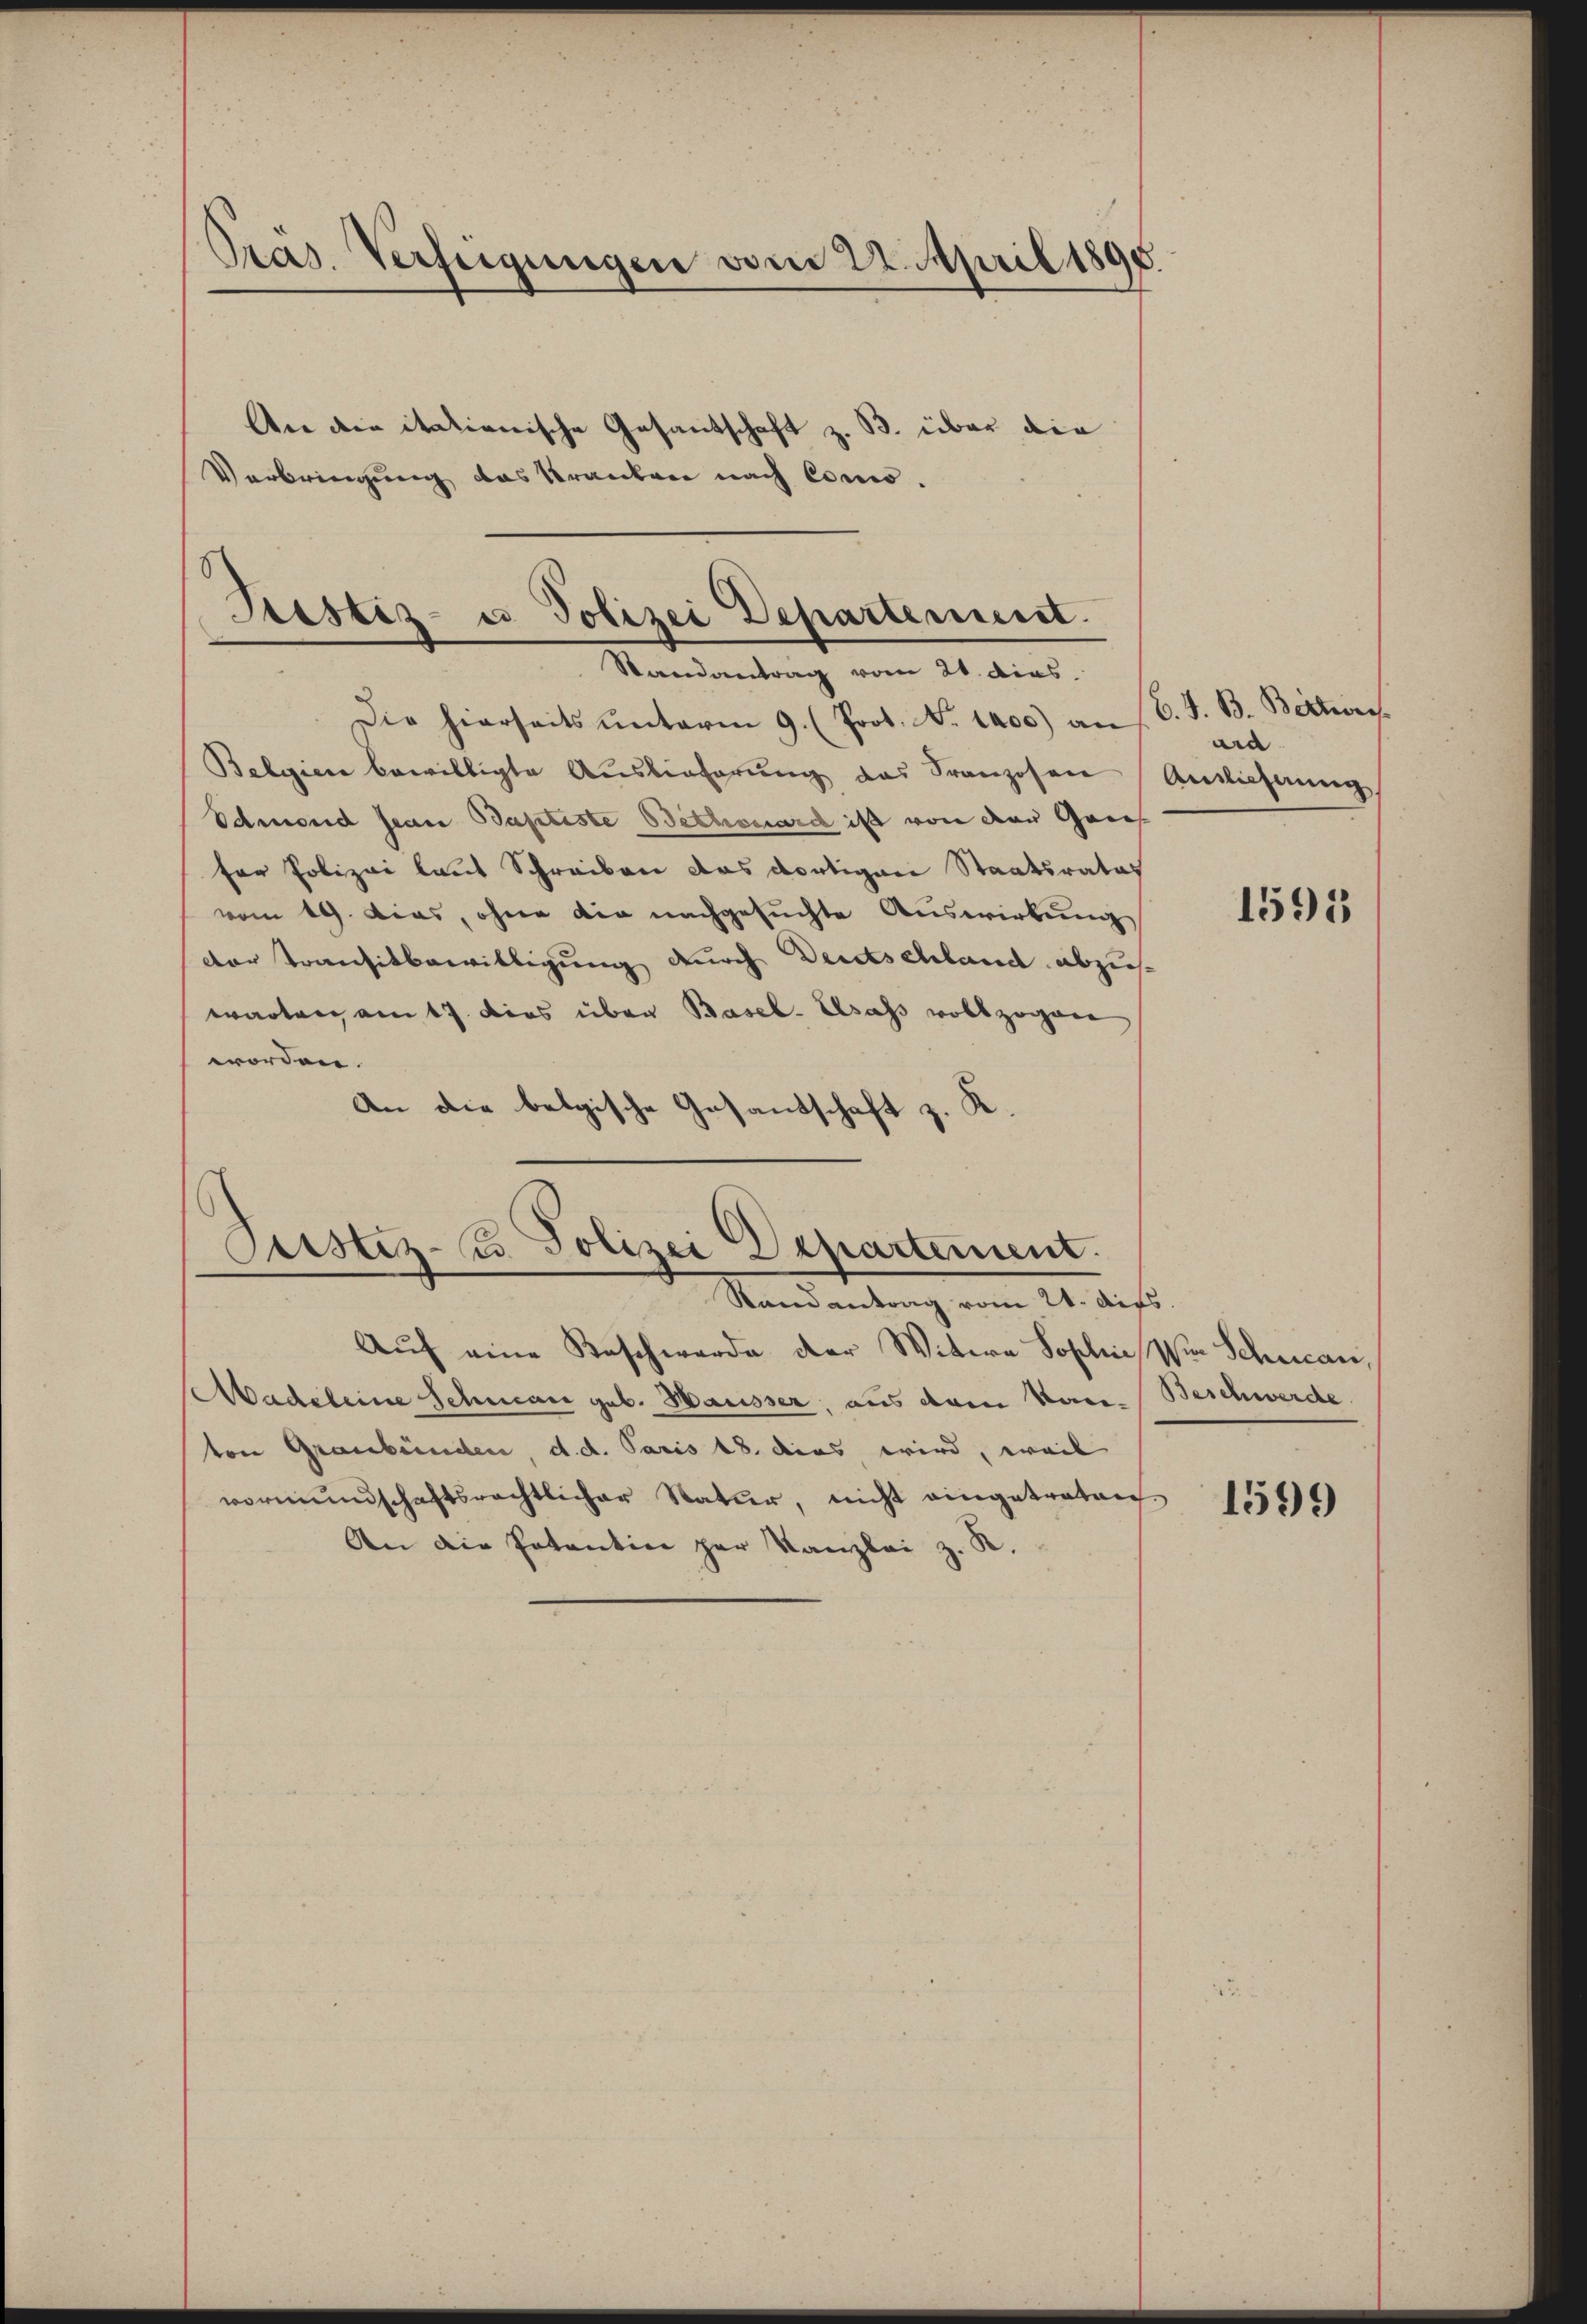
Pras. Verfügungen vom 22. April 1890
An den itationische Gesandschaft z. B. über die
Verbringung das Krauten nach Como¬

Sistiz- u Polizei Departement.
Randantrag vom 21. dies
Die hierseits unterm 9. (Prot. N. 1400) an

Belgien bewilligte Auslieferŭng das Franzosen
Odmond Jean Baptiste Bethouard ist von der Genes
fer Polizei laut Schreiben das dortigen Staatsrates
vom 19. dies, ohne die nachgesuchte Auswirkung
dor Transitbewilligung durch Deutschland abzuswarten am 17. dies über Basel- Elsass vollzogen
worden.
An die belgische Gesandschaft z. K.

Astiz- u. Polizei Departement.
Randantrag vom 21. ders.

C. J. B. Birrwies.
ard.
Anslieferung

Auf eine Beschwerde der Witwe Sohlen in Schwanadeleine Schman geb. Hausser, aus dem Kan-Beschwerde.
ton Graubünden, d. d. Paris 18. dies wird, weil
vormundschaftsrechtlicher Natur, nicht eingetreten.
An die Potention per Kanzlei z. R.

1591

1599